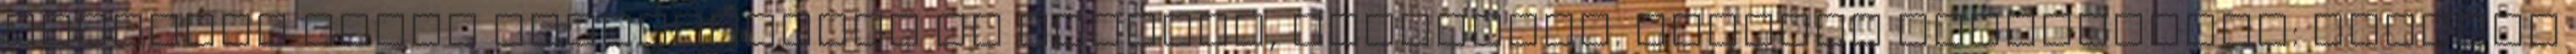
Teljesen kezdő személyeknek is érthető, ajánlható. Ajándék konzultáció: április